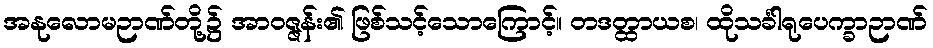
အနုလောမဉာဏ်တို့၌ အာဝဇ္ဇန်း၏ ဖြစ်သင့်သောကြောင့်။ တဒတ္ထာယစ၊ ထိုသင်္ခါရုပေက္ခာဉာဏ်